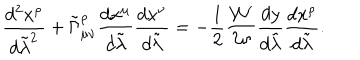
LaTeX: { \frac { d ^ { 2 } x ^ { \rho } } { d \tilde { \lambda } ^ { 2 } } } + \tilde { \Gamma } _ { \mu \nu } ^ { \rho } { \frac { d x ^ { \mu } } { d \tilde { \lambda } } } { \frac { d x ^ { \nu } } { d \tilde { \lambda } } } = - { \frac { 1 } { 2 } } { \frac { { \cal W } ^ { \prime } } { \cal W } } { \frac { d y } { d \tilde { \lambda } } } { \frac { d x ^ { \rho } } { d \tilde { \lambda } } } .